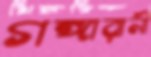
গঙ্গারানী